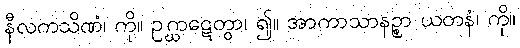
နီလကသိဏံ၊ ကို။ ဥဂ္ဃာဋေတွာ၊ ၍။ အာကာသာနဉ္စာ ယတနံ၊ ကို။